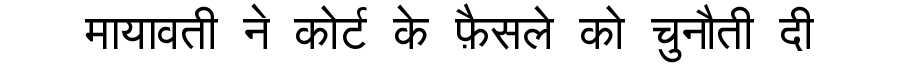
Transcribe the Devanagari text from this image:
मायावती ने कोर्ट के फ़ैसले को चुनौती दी